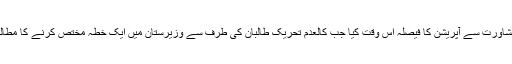
تمام کوششیں ناکام ہو جانے کے بعد عسکری اور سیاسی قیادت نے باہمی مشاورت سے آپریشن کا فیصلہ اس وقت کیا جب کالعدم تحریک طالبان کی طرف سے وزیرستان میں ایک خطہ مختص کرنے کا مطالبہ سامنے آیا، جس کا سیدھا سادا مطلب ریاست کے اندر ریاست کا قیام تھا۔